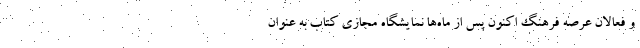
و فعالان عرصه فرهنگ اکنون پس از ماه‌ها نمایشگاه مجازی کتاب به عنوان